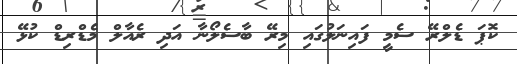
ކޮޕަ ޑެލްރޭ ސެމީ ފައިނަލުގައި މިރޭ ބާސެލޯނާ އަދި ރެއާލް މެޑްރިޑް ކުޅޭ